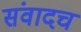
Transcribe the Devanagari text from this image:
संवादच